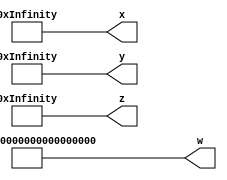
module const_func_shadow_top(w, x, y, z);
	function [11:0] func;
		input reg [2:0] x;
		input reg [2:0] y;
		begin
			x = x * (y + 1);
			begin : foo
				reg [2:0] y;
				y = x + 1;
				begin : bar
					reg [2:0] x;
					x = y + 1;
					begin : blah
						reg [2:0] y;
						y = x + 1;
						func[2:0] = y;
					end
					func[5:3] = x;
				end
				func[8:6] = y;
			end
			func[11:9] = x;
		end
	endfunction
	output wire [func(2, 3) - 1:0] w;
	output wire [func(1, 3) - 1:0] x;
	output wire [func(3, 1) - 1:0] y;
	output wire [func(5, 2) - 1:0] z;
	assign w = 1'sb1;
	assign x = 1'sb1;
	assign y = 1'sb1;
	assign z = 1'sb1;
endmodule